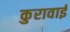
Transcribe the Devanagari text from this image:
कुरावाई